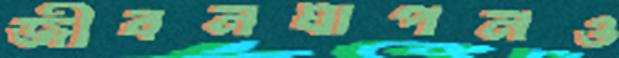
জীবনযাপনও